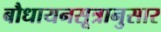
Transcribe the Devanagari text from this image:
बौधायनसूत्रानुसार